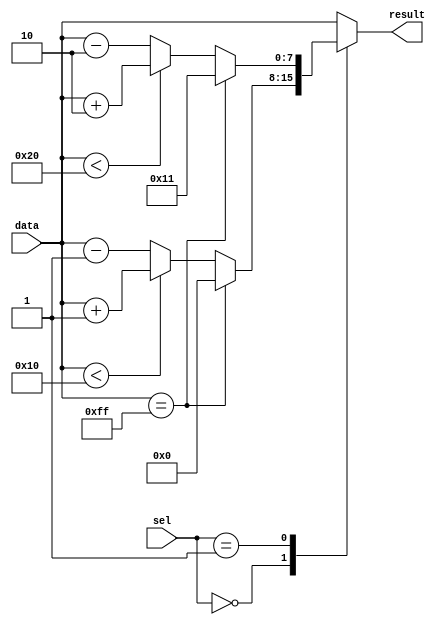
module complex_conditional_logic (
    input wire [3:0] sel,
    input wire [7:0] data,
    output reg [7:0] result
);

always @* begin
    case (sel)
        4'b0000: begin
            if (data == 8'hFF)
                result = 8'h00;
            else if (data < 8'h10)
                result = data + 8'h01;
            else
                result = data - 8'h01;
        end
        4'b0001: begin
            if (data == 8'hFF)
                result = 8'h11;
            else if (data < 8'h20)
                result = data + 8'h02;
            else
                result = data - 8'h02;
        end
        // Add more cases and if-else statements as needed
        default: result = data;
    endcase
end

endmodule